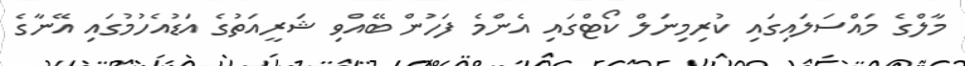
މާލްގެ މައްސަލައިގައި ކުރިމިނަލް ކޯޓްގައި އެންމެ ފަހުން ބޭއްވި ޝަރީއަތުގެ އަޑުއެހުމުގައި އޭނާގެ